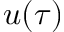
u ( \tau )